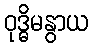
ဝုဒ္ဓိမနွာယ